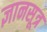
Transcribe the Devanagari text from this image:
ज्ञानसूत्र